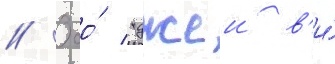
// Ооо́ "джеи в'и́